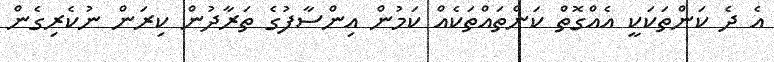
އެ ދެ ކަންތަކަކީ އެއްގޮތް ކަންތައްތަކެއް ކަމުން އިންސާފުގެ ތަރާދުން ކިރަން ނުކެރިގެން